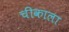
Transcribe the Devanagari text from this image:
चीकाला